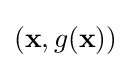
({\textbf {x}},g({\textbf {x}}))